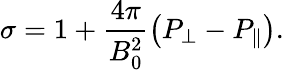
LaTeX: \sigma=1+\frac{4\pi}{B_{0}^{2}}\left(P_{\perp}-P_{\| }\right).